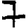
Digit: 7